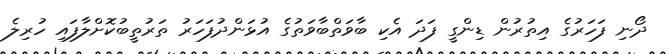
ދޯނި ފަހަރުގެ އިތުރުން ޑިންގީ ފަދަ އެކި ބާވަތްބާވަތުގެ އުޅަންދުފަހަރު ތަރުތީބުކޮށްލާފައި ހުރިލެ